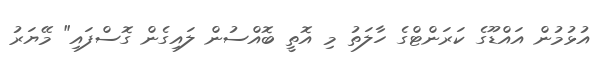
އުޅުމުން އައްޑޫގެ ކަރަންޓްގެ ހާލަތު މި އޮތީ ބޮއްސުން ލައިގެން ގޮސްފައި" މޭޔަރު